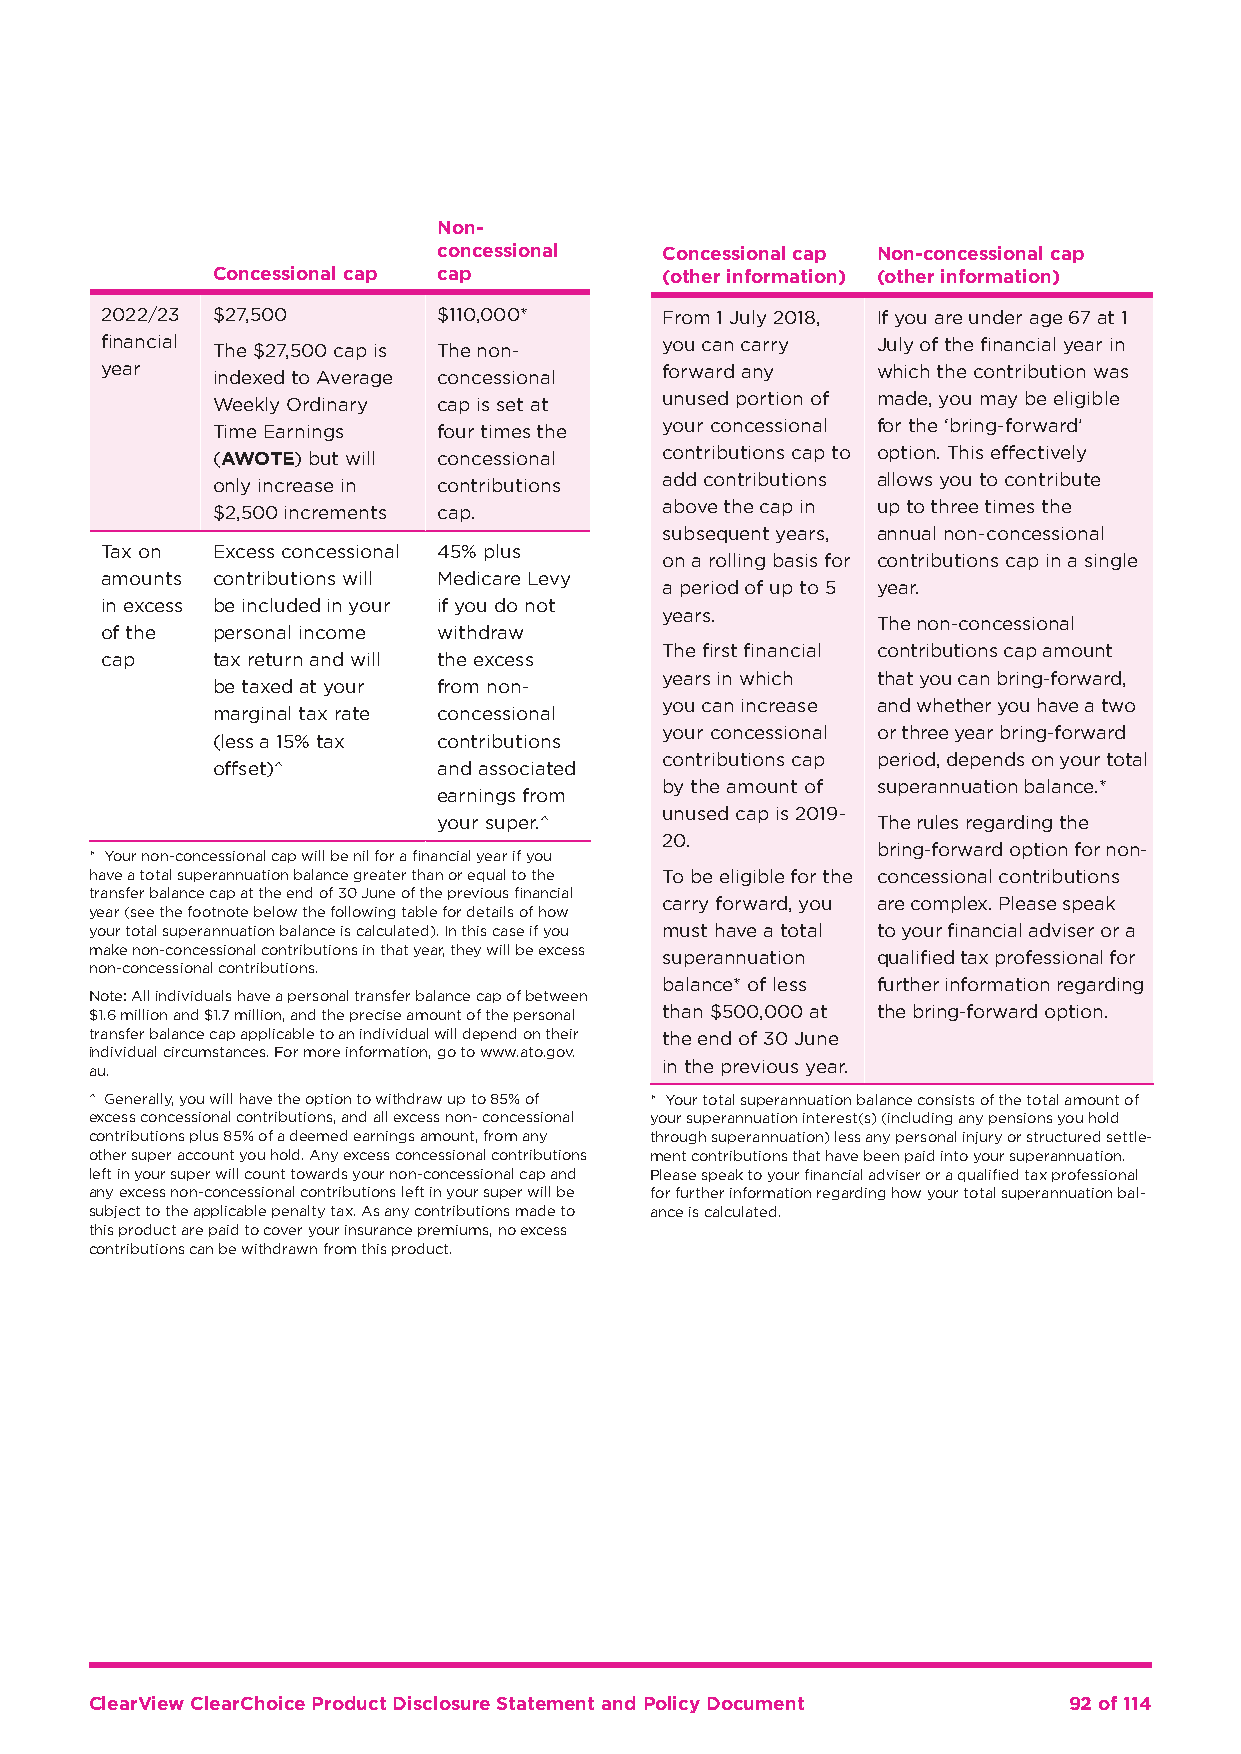
Non-
 concessional   Concessional cap Non-concessional cap
 Concessional cap cap          (other information) (other information)
 2022/23 $27,500       $110,000*      From 1 July 2018, If you are under age 67 at 1
 financial The $27,500 cap is The non- you can carry July of the financial year in
 year   indexed to Average concessional forward any which the contribution was
 Weekly Ordinary cap is set at unused portion of made, you may be eligible
 Time Earnings  four times the your concessional for the ‘bring-forward’
 (AWOTE) but will concessional contributions cap to option. This effectively
 only increase in contributions add contributions allows you to contribute
 $2,500 increments cap.        above the cap in up to three times the
 subsequent years, annual non-concessional
 Tax on Excess concessional 45% plus
 on a rolling basis for contributions cap in a single
 amounts contributions will Medicare Levy
 a period of up to 5 year.
 in excess be included in your if you do not
 years.
 The non-concessional
 of the personal income withdraw
 The first financial contributions cap amount
 cap    tax return and will the excess
 years in which that you can bring-forward,
 be taxed at your from non-
 you can increase and whether you have a two
 marginal tax rate concessional
 your concessional or three year bring-forward
 (less a 15% tax contributions
 contributions cap period, depends on your total
 offset)^       and associated
 by the amount of superannuation balance.*
 earnings from
 unused cap is 2019-
 your super.^                 The rules regarding the
 20.
 bring-forward option for non-
 * Your non-concessional cap will be nil for a financial year if you
 have a total superannuation balance greater than or equal to the To be eligible for the concessional contributions
 transfer balance cap at the end of 30 June of the previous financial
 carry forward, you are complex. Please speak
 year (see the footnote below the following table for details of how
 your total superannuation balance is calculated). In this case if you must have a total to your financial adviser or a
 make non-concessional contributions in that year, they will be excess
 superannuation qualified tax professional for
 non-concessional contributions.
 balance* of less further information regarding
 Note: All individuals have a personal transfer balance cap of between
 $1.6 million and $1.7 million, and the precise amount of the personal than $500,000 at the bring-forward option.
 transfer balance cap applicable to an individual will depend on their the end of 30 June
 individual circumstances. For more information, go to www.ato.gov.
 in the previous year.
 au.
 ^ Generally, you will have the option to withdraw up to 85% of * Your total superannuation balance consists of the total amount of
 excess concessional contributions, and all excess non- concessional your superannuation interest(s) (including any pensions you hold
 contributions plus 85% of a deemed earnings amount, from any through superannuation) less any personal injury or structured settle-
 other super account you hold. Any excess concessional contributions ment contributions that have been paid into your superannuation.
 left in your super will count towards your non-concessional cap and Please speak to your financial adviser or a qualified tax professional
 any excess non-concessional contributions left in your super will be for further information regarding how your total superannuation bal-
 subject to the applicable penalty tax. As any contributions made to ance is calculated.
 this product are paid to cover your insurance premiums, no excess
 contributions can be withdrawn from this product.
 ClearView ClearChoice Product Disclosure Statement and Policy Document 92 of 114